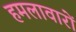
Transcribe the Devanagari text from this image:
हमलावारों